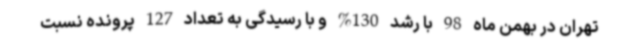
تهران در بهمن ماه 98 با رشد 130% و با رسیدگی به تعداد 127 پرونده نسبت